Civil Veterinary Dept. Assam report 1927-50 - 1927-1950
Year: 1927
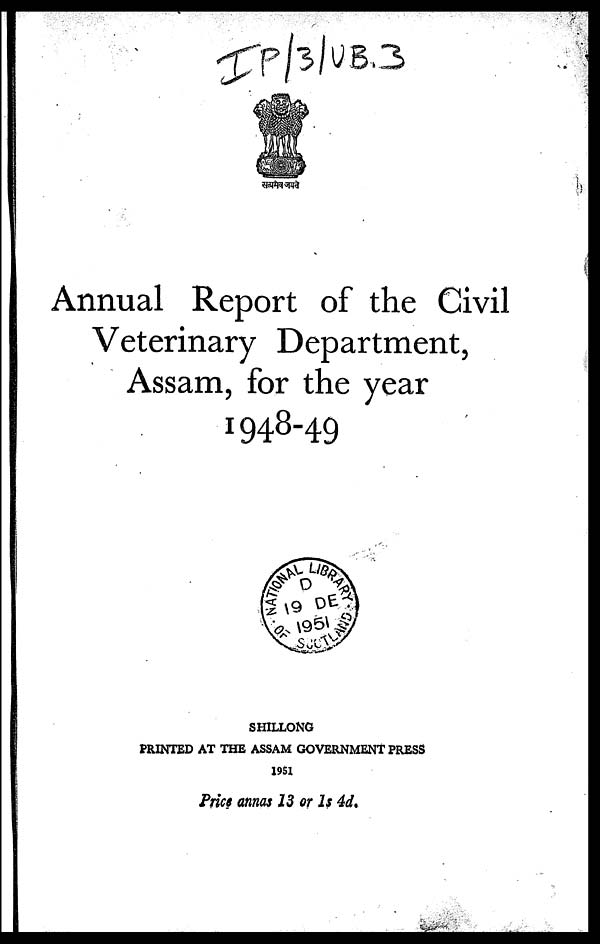
Annual Report of the Civil
Veterinary Department,
Assam, for the year
1948-49
SHILLONG
PRINTED AT THE ASSAM GOVERNMENT PRESS
1951
Price annas 13 or Is 4d.